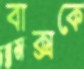
বাক্সকে